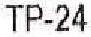
TP-24